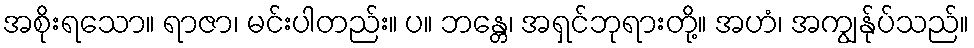
အစိုးရသော။ ရာဇာ၊ မင်းပါတည်း။ ပ။ ဘန္တေ၊ အရှင်ဘုရားတို့။ အဟံ၊ အကျွန်ုပ်သည်။